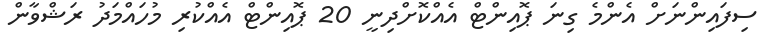
ސިފައިންނަށް އެންމެ ގިނަ ޕޮއިންޓް އެއްކޮށްދިނީ 20 ޕޮއިންޓް އެއްކުރި މުހައްމަދު ރަޝްވާން